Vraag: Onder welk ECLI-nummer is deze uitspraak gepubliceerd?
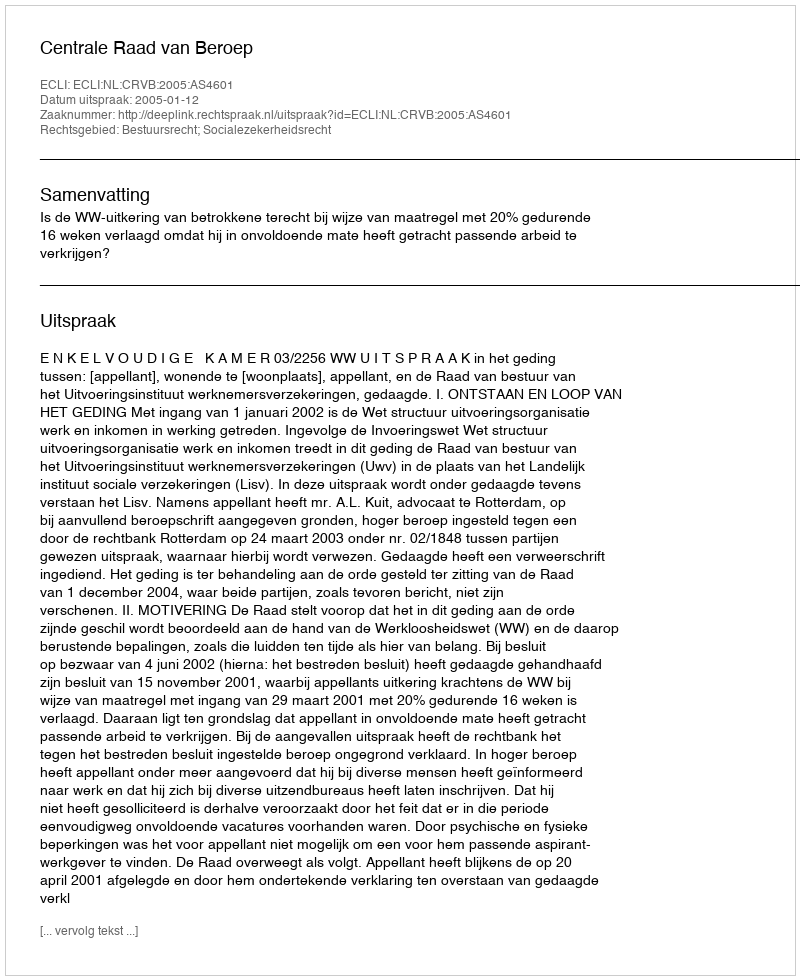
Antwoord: ECLI:NL:CRVB:2005:AS4601